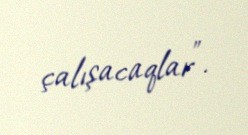
çalışacaqlar”.